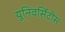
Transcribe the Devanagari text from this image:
यूनिवर्सिटीस